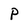
Character: p